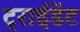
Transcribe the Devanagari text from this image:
ट्राईडेंट